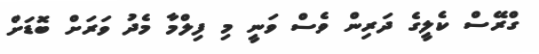
ގްރޭސް ކެލީގެ ދަރިން ވެސް ވަނީ މި ފިލްމާ މެދު ވަރަށް ބޮޑަށް